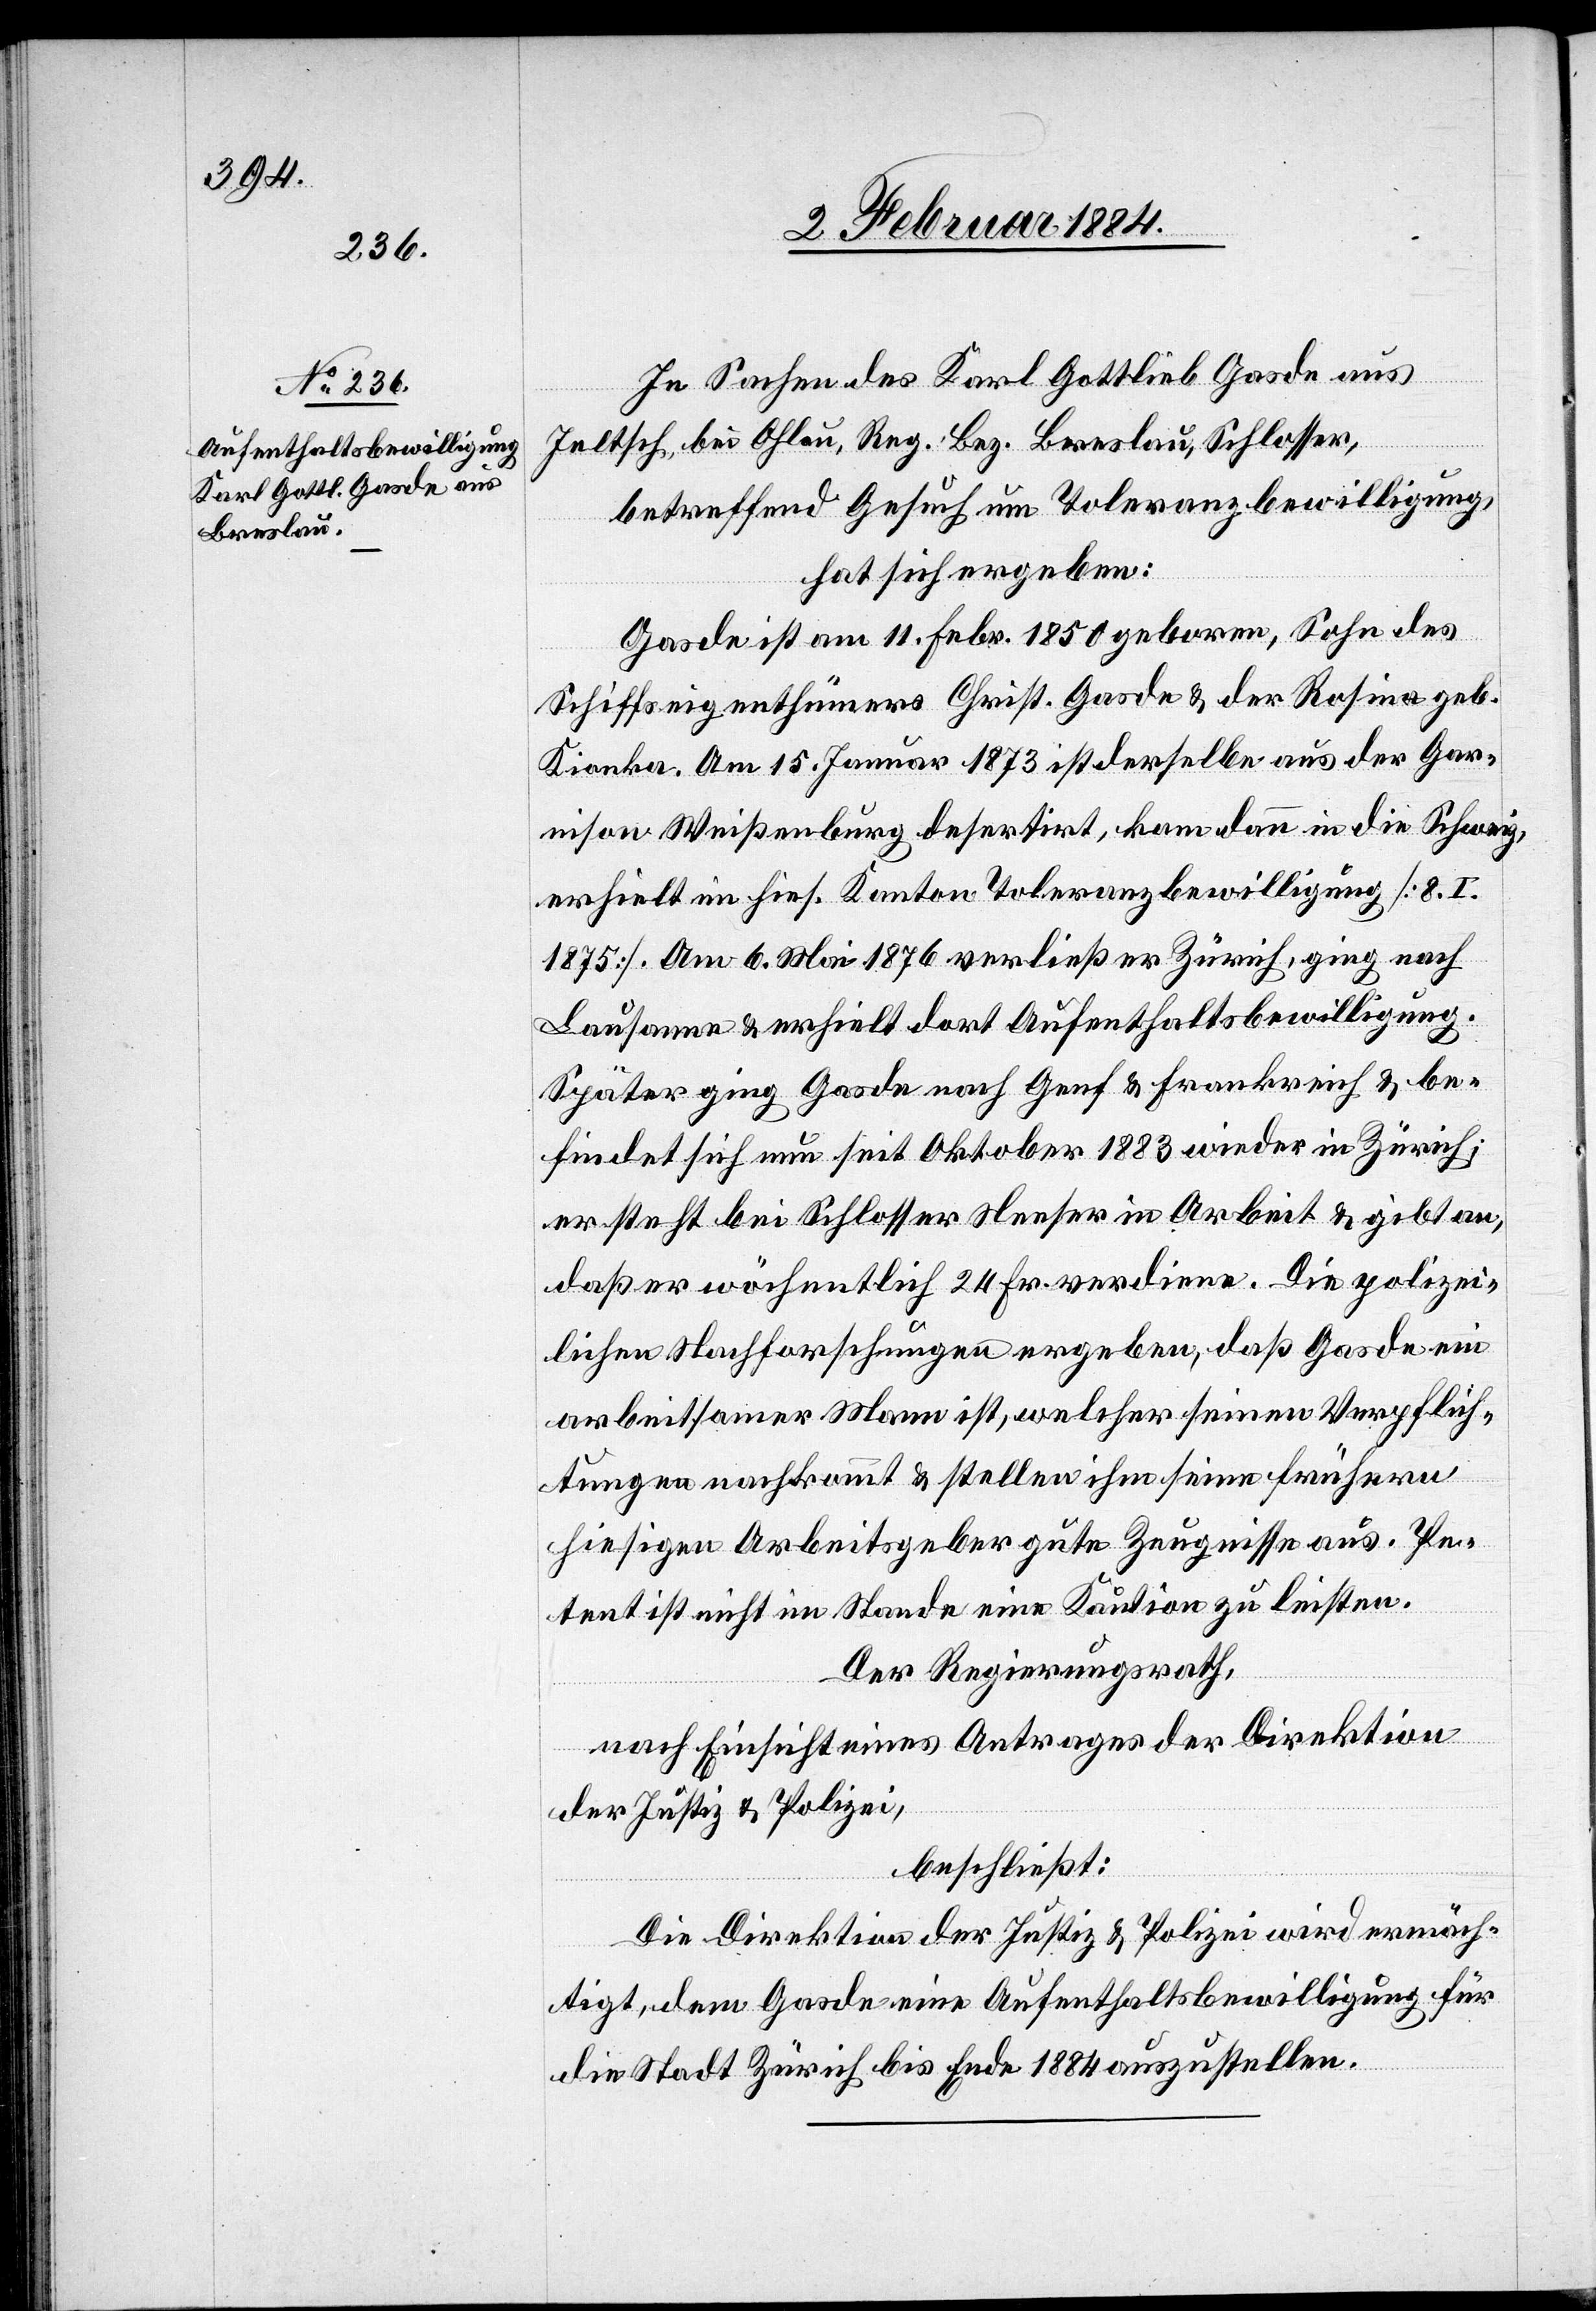
In Sachen des Karl Gottlieb Gasde aus
Jeltsch, bei Ohlau, Reg. Bez. Breslau, Schlosser,
betreffend Gesuch um Toleranzbewilligung,
hat sich ergeben:
Gasde ist am 11. Febr. 1850 geboren, Sohn des
Schiffseigenthümer Christ. Gasde & der Rosina geb.
Kionka. Am 15. Januar 1873 ist derselbe aus der Gar¬
nison Weißenburg desertirt, kam dann in die Schweiz
erhielt im hies. Kanton Toleranzbewilligung [8. I.
1875]. Am 6. Mai 1876 verließ er Zürich, ging nach
Lausanne & erhielt dort Aufenthaltsbewilligung.
Später ging Gasde nach Genf & Frankreich & be¬
findet sich nun seit Oktober 1883 wieder in Zürich;
er steht bei Schlosser Neeser in Arbeit & gibt an,
daß er wöchentlich 24 Fr. verdiene. Die polizei¬
lichen Nachforschungen ergeben, daß Gasde ein
arbeitsamer Mann ist, welcher seinen Verpflich¬
tungen nachkommt & stellen ihm seine frühern
hiesigen Arbeitsgeber gute Zeugnisse aus. Pe¬
tent ist nicht im Stande eine Kaution zu leisten.
Der Regierungsrath,
nach Einsicht eines Antrages der Direktion
der Justiz & Polizei,
beschließt:
Die Direktion der Justiz & Polizei wird ermäch¬
tigt, dem Gasde eine Aufenthaltsbewilligung für
die Stadt Zürich bis Ende 1884 auszustellen.